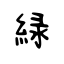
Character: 緑